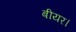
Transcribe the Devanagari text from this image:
बीयर।